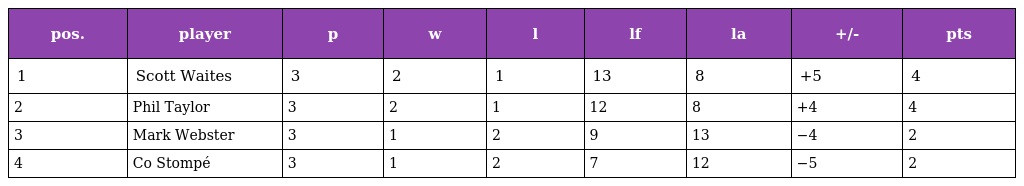
| pos. | player | p | w | l | lf | la | +/- | pts |
 | --- | --- | --- | --- | --- | --- | --- | --- | --- |
 | 1 | Scott Waites | 3 | 2 | 1 | 13 | 8 | +5 | 4 |
 | 2 | Phil Taylor | 3 | 2 | 1 | 12 | 8 | +4 | 4 |
 | 3 | Mark Webster | 3 | 1 | 2 | 9 | 13 | −4 | 2 |
 | 4 | Co Stompé | 3 | 1 | 2 | 7 | 12 | −5 | 2 |